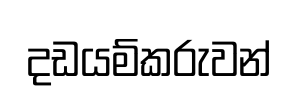
දඩයම්කරුවන්